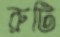
রুটি